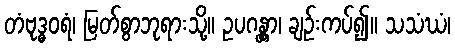
တံဗုဒ္ဓဝရံ၊ မြတ်စွာဘုရားသို့။ ဥပဂန္တွာ၊ ချဉ်းကပ်၍။ သသံဃံ၊